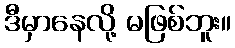
ဒီမှာနေလို့ မဖြစ်ဘူး။